Sanitation, dispensaries and jails vaccination Rajputana 1922-1927 - 1922-1927
Year: 1922
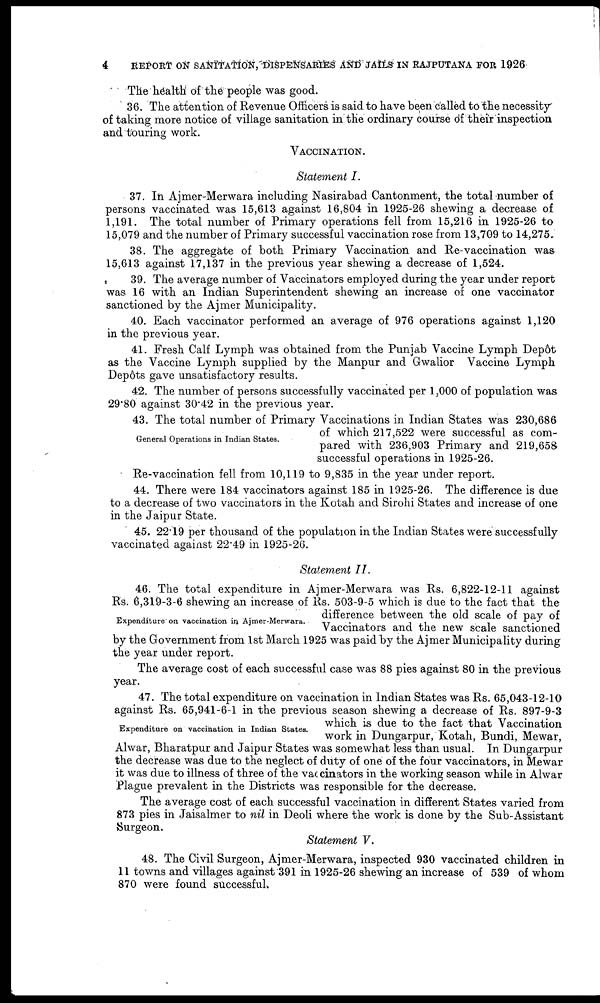
4
REPORT ON SANITATION, DISPENSARIES AND JAILS IN RAJPUTANA FOR 1926
The health of the people was good.
36. The attention of Revenue Officers is said to have been called to the necessity
of taking more notice of village sanitation in the ordinary course of their inspection
and touring work.
VACCINATION.
Statement I.
37. In Ajmer-Merwara including Nasirabad Cantonment, the total number of
persons vaccinated was 15,613 against 16,804 in 1925-26 shewing a decrease of
1,191. The total number of Primary operations fell from 15,216 in 1925-26 to
15,079 and the number of Primary successful vaccination rose from 13,709 to 14,275.
38. The aggregate of both Primary Vaccination and Re-vaccination was
15,613 against 17,137 in the previous year shewing a decrease of 1,524.
39. The average number of Vaccinators employed during the year under report
was 16 with an Indian Superintendent shewing an increase of one vaccinator
sanctioned by the Ajmer Municipality.
40. Each vaccinator performed an average of 976 operations against 1,120
in the previous year.
41. Fresh Calf Lymph was obtained from the Punjab Vaccine Lymph Depôt
as the Vaccine Lymph supplied by the Manpur and Gwalior Vaccine Lymph
Depôts gave unsatisfactory results.
42. The number of persons successfully vaccinated per 1,000 of population was
29.80 against 30.42 in the previous year.
General Operations in Indian States.
43. The total number of Primary Vaccinations in Indian States was 230,686
of which 217,522 were successful as com-
pared with 236,903 Primary and 219,658
successful operations in 1925-26.
Re-vaccination fell from 10,119 to 9,835 in the year under report.
44. There were 184 vaccinators against 185 in 1925-26. The difference is due
to a decrease of two vaccinators in the Kotah and Sirohi States and increase of one
in the Jaipur State.
45. 22.19 per thousand of the population in the Indian States were successfully
vaccinated against 22.49 in 1925-26.
Statement II.
Expenditure on vaccination in Ajmer-Merwara.
46. The total expenditure in Ajmer-Merwara was Rs. 6,822-12-11 against
Rs. 6,319-3-6 shewing an increase of Rs. 503-9-5 which is due to the fact that the
difference between the old scale of pay of
Vaccinators and the new scale sanctioned
by the Government from 1st March 1925 was paid by the Ajmer Municipality during
the year under report.
The average cost of each successful case was 88 pies against 80 in the previous
year.
Expenditure on vaccination in Indian States.
47. The total expenditure on vaccination in Indian States was Rs. 65,043-12-10
against Rs. 65,941-6-1 in the previous season shewing a decrease of Rs. 897-9-3
which is due to the fact that Vaccination
work in Dungarpur, Kotah, Bundi, Mewar,
Alwar, Bharatpur and Jaipur States was somewhat less than usual. In Dungarpur
the decrease was due to the neglect of duty of one of the four vaccinators, in Mewar
it was due to illness of three of the vaccinators in the working season while in Alwar
Plague prevalent in the Districts was responsible for the decrease.
The average cost of each successful vaccination in different States varied from
873 pies in Jaisalmer to nil in Deoli where the work is done by the Sub-Assistant
Surgeon.
Statement V.
48. The Civil Surgeon, Ajmer-Merwara, inspected 930 vaccinated children in
11 towns and villages against 391 in 1925-26 shewing an increase of 539 of whom
870 were found successful.